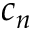
c _ { n }